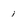
Character: 1